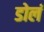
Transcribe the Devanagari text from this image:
डोलं